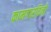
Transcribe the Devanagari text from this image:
कामगारदिनी